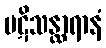
ပဋိသန္ထာရာနံ